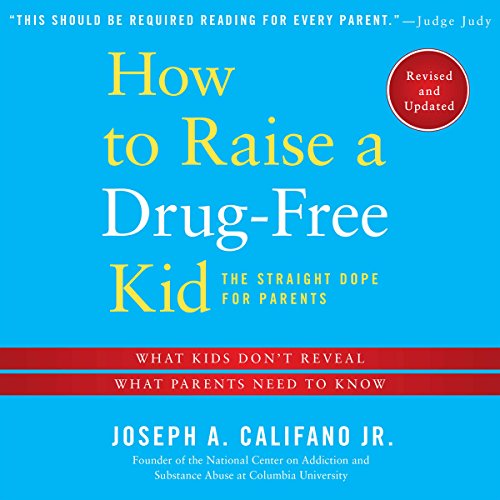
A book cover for How to Raise a Drug-free Kid: The Straight Dope for Parents; Joseph A. Califano; Parenting & Relationships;